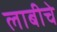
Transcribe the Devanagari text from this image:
लाबीचे